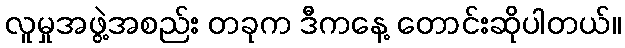
လူမှုအဖွဲ့အစည်း တခုက ဒီကနေ့ တောင်းဆိုပါတယ်။